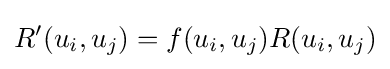
R'(u_{i},u_{j})=f(u_{i},u_{j})R(u_{i},u_{j})